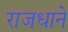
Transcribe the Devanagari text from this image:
राजधाने